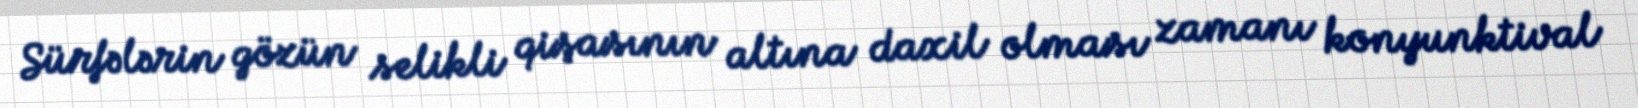
Sürfələrin gözün selikli qişasının altına daxil olması zamanı konyunktival